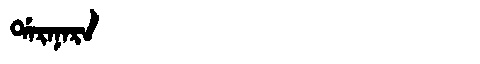
Manchu: ᡩᠠᡵᠠᠨᠠᡵᠠ
Romanization: DARANARA